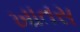
ખાતસ